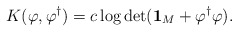
\begin{align*}K(\varphi, \varphi^{\dagger})= c\log\det({\bf 1}_M+\varphi^{\dagger}\varphi).\end{align*}